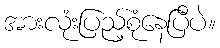
အားလုံးပြည့်စုံနေပြီပဲ။